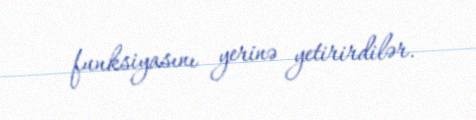
funksiyasını yerinə yetirirdilər.